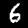
Label: 6